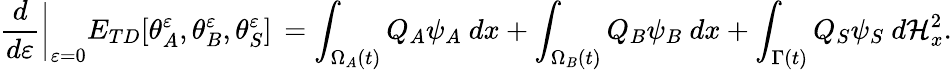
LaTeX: \frac{d}{d\varepsilon}\bigg\vert_{\varepsilon=0}E_{TD}[\theta_{A}^{\varepsilon},\theta_{B}^{\varepsilon},\theta_{S}^{\varepsilon}]\, =\int_{\Omega_{A}(t)}Q_{A}\psi_{A}{\ }dx+\int_{\Omega_{B}(t)}Q_{B}\psi_{B}{\ }dx+\int_{\Gamma(t)}Q_{S}\psi_{S}{\ }d\mathcal{H}_{x}^{2}.